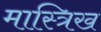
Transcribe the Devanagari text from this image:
मास्त्रिख